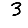
Digit: 3